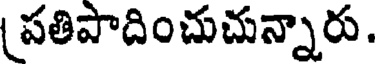
పతిపాదించుచున్నారు.